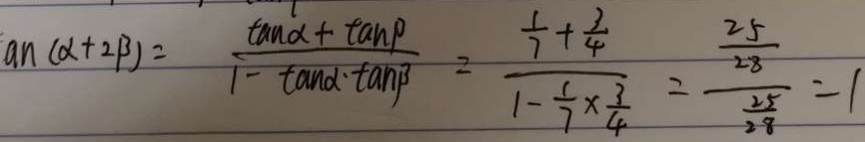
a n ( \alpha + 2 \beta ) = \frac { \tan \alpha + \tan \beta } { 1 - \tan \alpha \cdot \tan \beta } = \frac { \frac { 1 } { 7 } + \frac { 3 } { 4 } } { 1 - \frac { 1 } { 7 } \times \frac { 3 } { 4 } } = \frac { \frac { 2 5 } { 2 8 } } { \frac { 2 5 } { 2 8 } } = 1